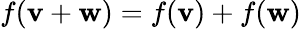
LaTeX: f(\mathbf{v}+\mathbf{w})=f(\mathbf{v})+f(\mathbf{w})